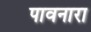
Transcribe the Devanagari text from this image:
पावनारा